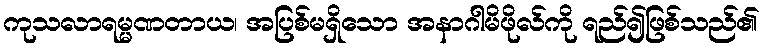
ကုသလာရမ္မဏတာယ၊ အပြစ်မရှိသော အနာဂါမိဖိုလ်ကို ရည်၍ဖြစ်သည်၏